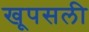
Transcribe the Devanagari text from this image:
खूपसली